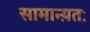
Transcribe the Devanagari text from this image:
सामान्य़तः